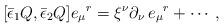
LaTeX: \begin{align*}{}[ \bar\epsilon_1 Q, \bar\epsilon_2 Q ] e_\mu{}^r =\xi^\nu \partial_\nu\, e_\mu{}^r+ \cdots\, ,\end{align*}